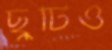
ছুটিও